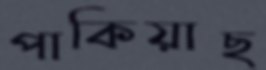
পাকিয়াছ